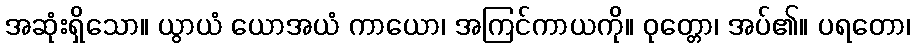
အဆုံးရှိသော။ ယွာယံ ယောအယံ ကာယော၊ အကြင်ကာယကို။ ဝုတ္တော၊ အပ်၏။ ပရတော၊